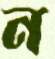
ন